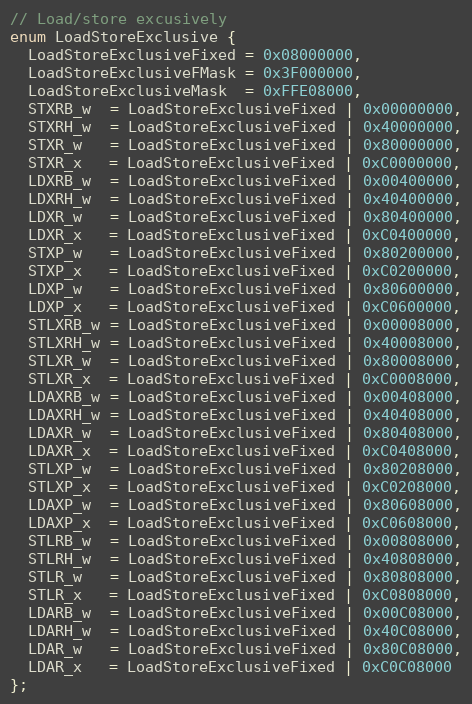
Language: C
// Load/store excusively
enum LoadStoreExclusive {
  LoadStoreExclusiveFixed = 0x08000000,
  LoadStoreExclusiveFMask = 0x3F000000,
  LoadStoreExclusiveMask  = 0xFFE08000,
  STXRB_w  = LoadStoreExclusiveFixed | 0x00000000,
  STXRH_w  = LoadStoreExclusiveFixed | 0x40000000,
  STXR_w   = LoadStoreExclusiveFixed | 0x80000000,
  STXR_x   = LoadStoreExclusiveFixed | 0xC0000000,
  LDXRB_w  = LoadStoreExclusiveFixed | 0x00400000,
  LDXRH_w  = LoadStoreExclusiveFixed | 0x40400000,
  LDXR_w   = LoadStoreExclusiveFixed | 0x80400000,
  LDXR_x   = LoadStoreExclusiveFixed | 0xC0400000,
  STXP_w   = LoadStoreExclusiveFixed | 0x80200000,
  STXP_x   = LoadStoreExclusiveFixed | 0xC0200000,
  LDXP_w   = LoadStoreExclusiveFixed | 0x80600000,
  LDXP_x   = LoadStoreExclusiveFixed | 0xC0600000,
  STLXRB_w = LoadStoreExclusiveFixed | 0x00008000,
  STLXRH_w = LoadStoreExclusiveFixed | 0x40008000,
  STLXR_w  = LoadStoreExclusiveFixed | 0x80008000,
  STLXR_x  = LoadStoreExclusiveFixed | 0xC0008000,
  LDAXRB_w = LoadStoreExclusiveFixed | 0x00408000,
  LDAXRH_w = LoadStoreExclusiveFixed | 0x40408000,
  LDAXR_w  = LoadStoreExclusiveFixed | 0x80408000,
  LDAXR_x  = LoadStoreExclusiveFixed | 0xC0408000,
  STLXP_w  = LoadStoreExclusiveFixed | 0x80208000,
  STLXP_x  = LoadStoreExclusiveFixed | 0xC0208000,
  LDAXP_w  = LoadStoreExclusiveFixed | 0x80608000,
  LDAXP_x  = LoadStoreExclusiveFixed | 0xC0608000,
  STLRB_w  = LoadStoreExclusiveFixed | 0x00808000,
  STLRH_w  = LoadStoreExclusiveFixed | 0x40808000,
  STLR_w   = LoadStoreExclusiveFixed | 0x80808000,
  STLR_x   = LoadStoreExclusiveFixed | 0xC0808000,
  LDARB_w  = LoadStoreExclusiveFixed | 0x00C08000,
  LDARH_w  = LoadStoreExclusiveFixed | 0x40C08000,
  LDAR_w   = LoadStoreExclusiveFixed | 0x80C08000,
  LDAR_x   = LoadStoreExclusiveFixed | 0xC0C08000
};